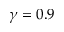
\gamma = 0 . 9